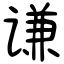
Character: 谦